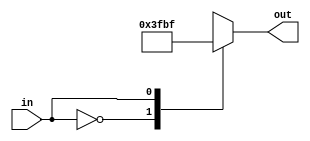
module minussib(in, out);
	input in;
	output reg [6:0] out;
	
always @(*) begin
	case(in)
		4'b0000:out=7'b1111111;
		4'b0001:out=7'b0111111;
		default:out=7'b1111111;
	endcase
end
endmodule